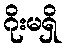
ဂိုးမရှိ